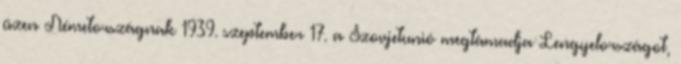
üzen Németországnak 1939. szeptember 17. a Szovjetunió megtámadja Lengyelországot,